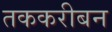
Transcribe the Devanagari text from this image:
तककरीबन